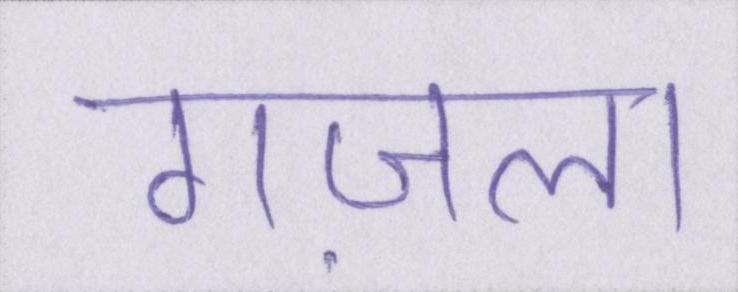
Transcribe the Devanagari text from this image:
गज़ल।